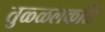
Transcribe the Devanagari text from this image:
तुळ्ळलकळि